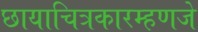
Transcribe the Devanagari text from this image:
छायाचित्रकारम्हणजे